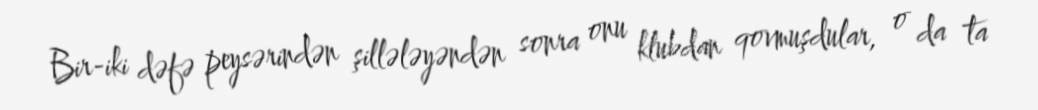
Bir-iki dəfə peysərindən şillələyəndən sonra onu klubdan qovmuşdular, o da ta